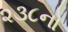
૨૩૮નો